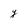
Character: y